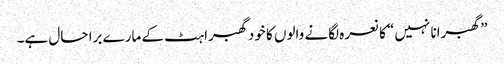
”گھبرانا نہیں“ کا نعرہ لگانے والوں کا خود گھبراہٹ کے مارے برا حال ہے۔